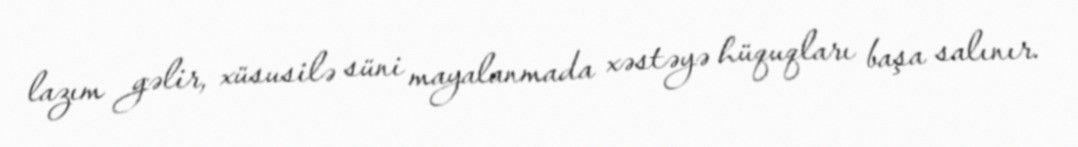
lazım gəlir, xüsusilə süni mayalanmada xəstəyə hüquqları başa salınır.